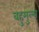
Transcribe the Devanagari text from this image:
वहुमुल्य